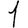
Digit: 1